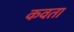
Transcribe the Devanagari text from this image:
कवता